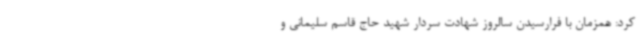
کرد: همزمان با فرارسیدن سالروز شهادت سردار شهید حاج قاسم سلیمانی و